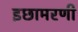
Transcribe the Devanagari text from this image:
इछामरणी